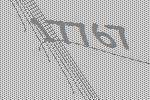
17767